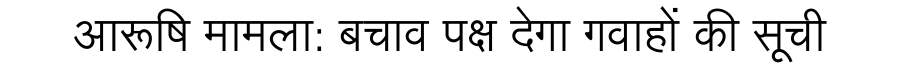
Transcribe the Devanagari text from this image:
आरूषि मामला: बचाव पक्ष देगा गवाहों की सूची